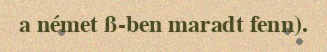
a német ß-ben maradt fenn).